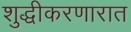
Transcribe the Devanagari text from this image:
शुद्धीकरणारात